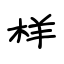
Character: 样